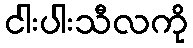
ငါးပါးသီလကို